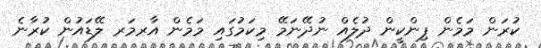
ކުރަން މަމެން ޕިންކީން ދުލެއް ނުދޭނަމޭ މިކަމުގައި މަމެން އާރމަރ ލޭޑައުން ކުރާނެ